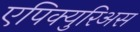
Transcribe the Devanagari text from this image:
एपिक्युरिअस